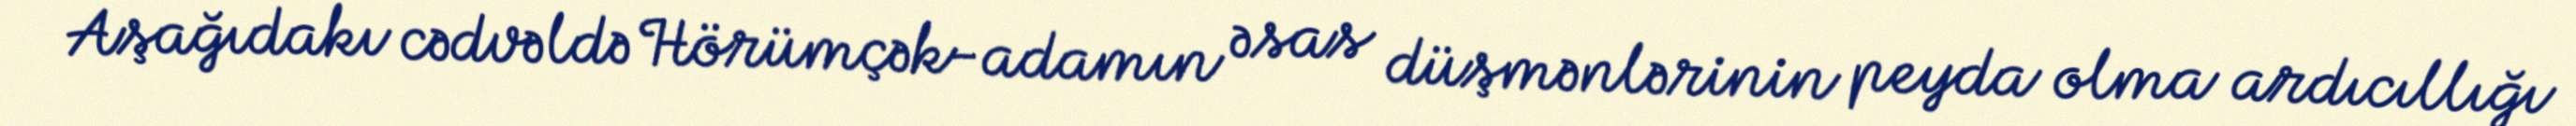
Aşağıdakı cədvəldə Hörümçək-adamın əsas düşmənlərinin peyda olma ardıcıllığı